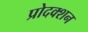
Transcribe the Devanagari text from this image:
प्रोदक्शन